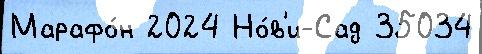
Марафо́н 2024 Но́в'и-Сад 35034